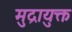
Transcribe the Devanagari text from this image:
मुद्रायुक्त